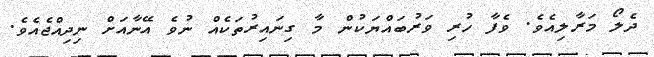
ދެލޯ މަރާލިއެވެ. ވެފާ ހުރި ވަރުބައްޔަކުން މާ ގިނައިރުތަކެއް ނުވެ އޭނާއަށް ނިދިއްޖެއެވެ.